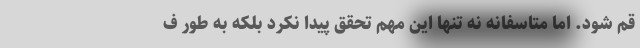
قم شود. اما متاسفانه نه تنها این مهم تحقق پیدا نکرد بلکه به طور ف